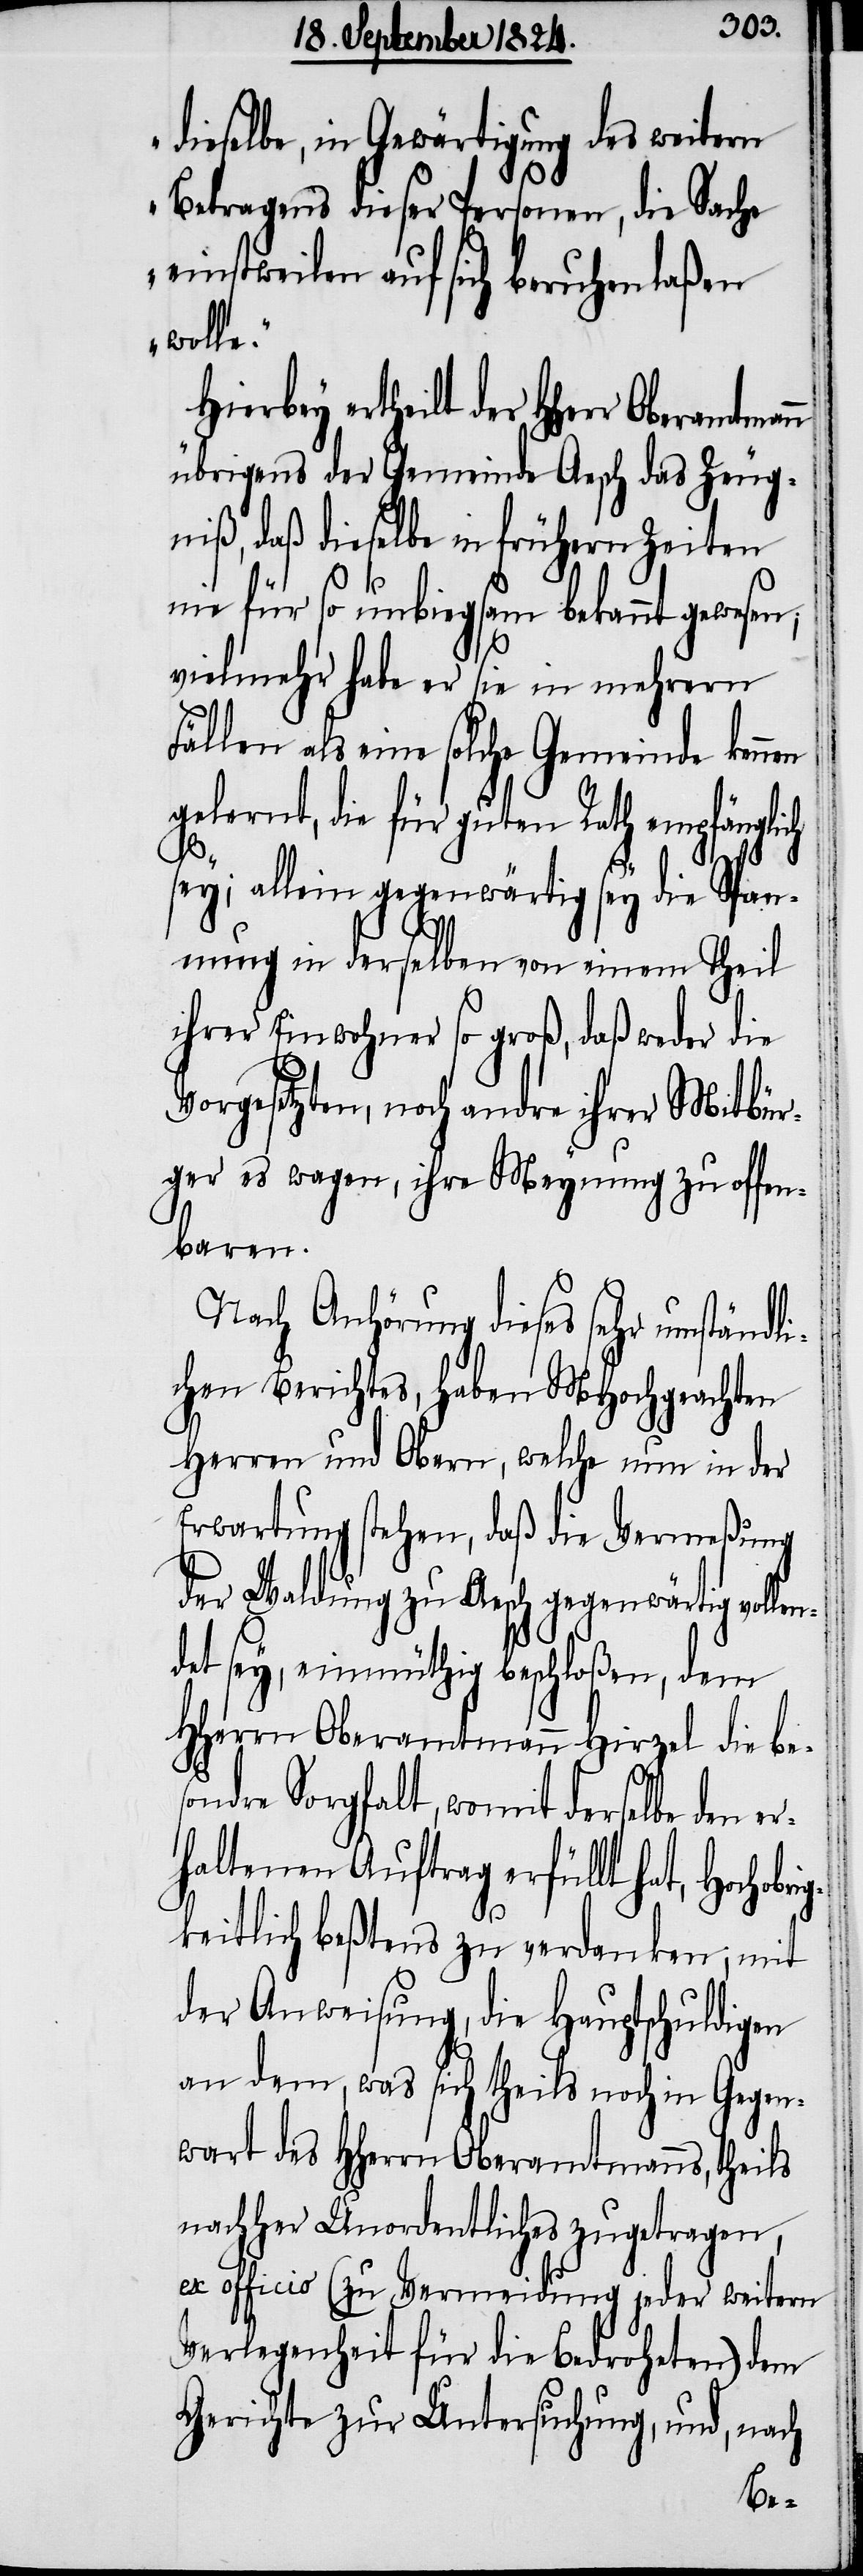
dieselbe, in Gewärtigung des weitern
Betragens dieser Personen, die Sache
einstweilen auf sich beruhen laßen
wolle.“
Hierbey ertheilt der HHerr
übrigens der Gemeinde Aesch das Zeug¬
niß, daß dieselbe in frühern Zeiten
nie für so unbiegsam bekannt gewesen,
vielmehr habe er sie in mehrern
Fällen als eine solche Gemeinde kennen
gelernt, die für guten Rath empfänglich
sey; allein gegenwärtig sey die Span¬
nung in derselben von einem Theil
ihrer Einwohner so groß, daß weder die
Vorgesetzten, noch andre ihrer Mitbür¬
ger es wagen, ihre Meynung zu offen¬
baren.
Nach Anhörung dieses sehr umständli¬
chen Berichtes, haben MHochgeachten
Herren und Obern, welche nun in der
Erwartung stehen, daß die Vermeßung
der Waldung zu Aesch gegenwärtig vollen¬
det sey, einmüthig beschloßen, dem
HHerrn Oberamtmann Hirzel die be¬
sondre Sorgfalt, womit derselben den e¬
rhaltenen Auftrag erfüllt hat, Hocho¬
bri¬
gkeitlich beßtens zu verdanken, mit
der Anweisung, die Hauptschuldigen
an dem, was sich theils noch in Gegen¬
wart des HHerrn Oberamtmanns, theils
nachher Unordentliches zugetragen,
es officio (zu Vermeidung jeder weitern
Verlegenheit für die Bedroheten) dem
Gerichte zur Untersuchung, und, nach